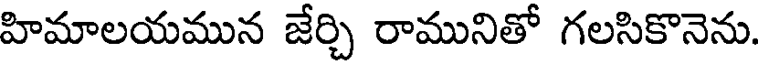
హిమాలయమున జేర్చి రామునితో గలసికొనెను.